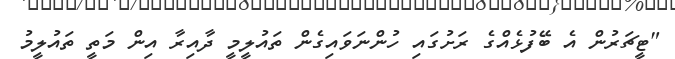
"ޓީޗަރުން އެ ބޭފުޅެއްގެ ރަށުގައި ހުންނަވައިގެން ތައުލީމީ ދާއިރާ އިން މަތީ ތައުލީމު